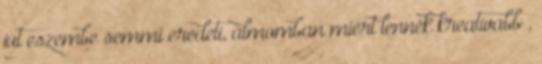
jut eszembe semmi eredeti, álmomban miért lennék kreatívabb ,